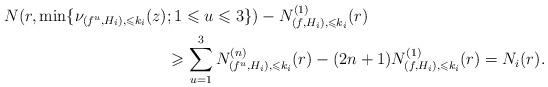
LaTeX: \begin{align*} N(r,\min\{\nu_{(f^u,H_i),\leqslant k_i}(z)&;1\leqslant u\leqslant 3\})-N^{(1)}_{(f,H_i),\leqslant k_i}(r)\\&\geqslant\sum_{u=1}^3N^{(n)}_{(f^u,H_i),\leqslant k_i}(r)-(2n+1)N^{(1)}_{(f,H_i),\leqslant k_i}(r)=N_i(r).\end{align*}